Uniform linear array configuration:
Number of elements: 24
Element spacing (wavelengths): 0.25
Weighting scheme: hamming
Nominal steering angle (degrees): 15
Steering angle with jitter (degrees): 13.682
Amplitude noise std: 0.05
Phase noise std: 0.05

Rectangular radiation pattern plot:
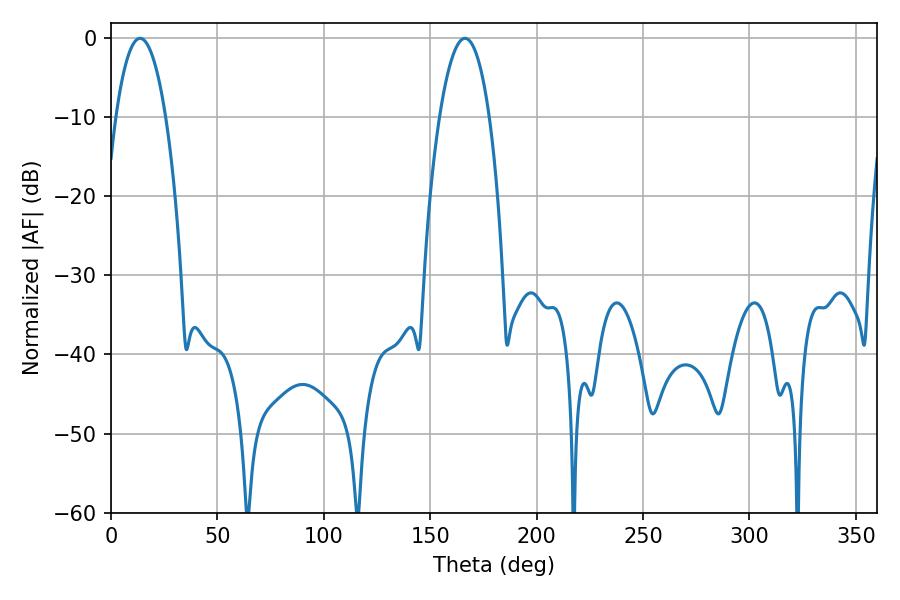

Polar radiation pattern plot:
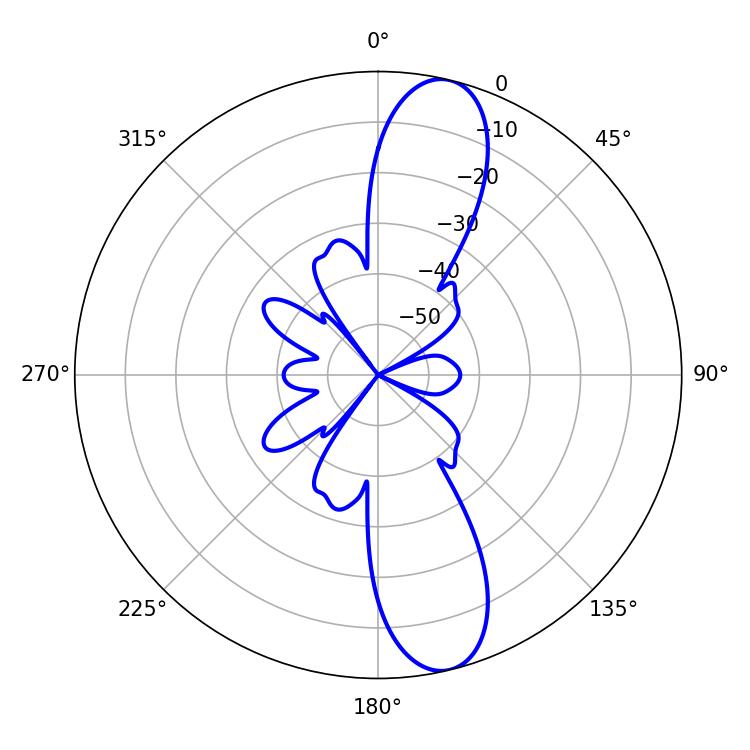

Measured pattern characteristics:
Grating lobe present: FALSE
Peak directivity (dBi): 12.402
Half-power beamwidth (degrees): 13.14
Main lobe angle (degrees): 13.68